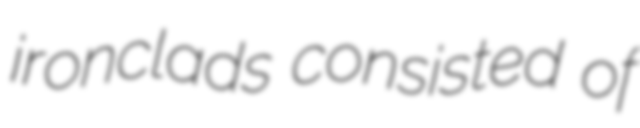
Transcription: ironclads consisted of